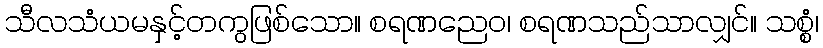
သီလသံယမနှင့်တကွဖြစ်သော။ စရဏညေဝ၊ စရဏသည်သာလျှင်။ သစ္စံ၊